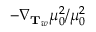
- \nabla _ { \mathbf { T } _ { w } } \mu _ { 0 } ^ { 2 } / \mu _ { 0 } ^ { 2 }